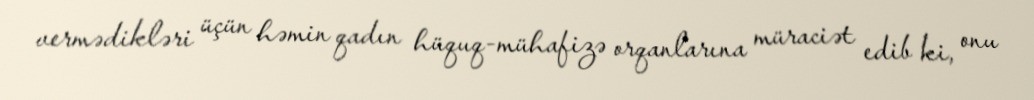
vermədikləri üçün həmin qadın hüquq-mühafizə orqanlarına müraciət edib ki, onu